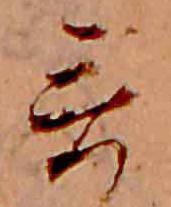
哥